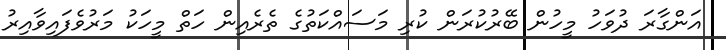
އަންގާރަ ދުވަހު މީހުން ބޭރުކުރަން ކުރި މަސައްކަތުގެ ތެރެއިން ހަތް މީހަކު މަރުވެފައިވާއިރު